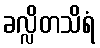
ခလ္လိတသိရံ